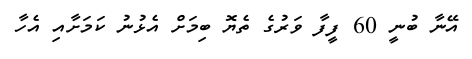
އޭނާ ބުނީ 60 ފީފާ ވަރުގެ ތެޔޮ ބިމަށް އެޅުނު ކަމަށާއި އެހާ